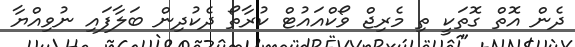
ދެން އޮތް ގޮތަކީ ތި މެރިޖް ވޯކްއައުޓް ކުރާތޯ ދެކުދިން ބަލާފައި ނުވިއްޔާ